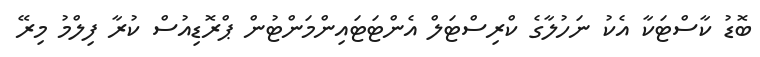
ބޮޑު ކާސްޓަކާ އެކު ނަހުލާގެ ކްރިސްޓަލް އެންޓަޓައިންމަންޓުން ޕްރޮޑިއުސް ކުރާ ފިލްމު މިރޭ